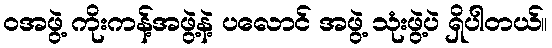
ဝအဖွဲ့ ကိုးကန့်အဖွဲ့နဲ့ ပလောင် အဖွဲ့ သုံးဖွဲ့ပဲ ရှိပါတယ်။